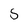
Character: 5